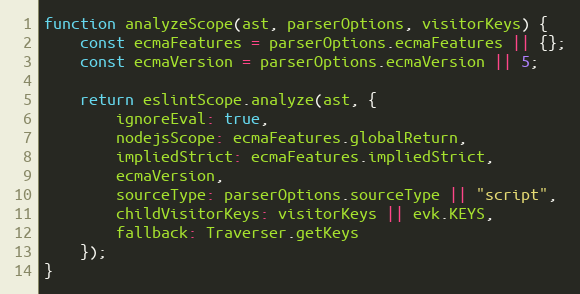
Language: JavaScript
function analyzeScope(ast, parserOptions, visitorKeys) {
    const ecmaFeatures = parserOptions.ecmaFeatures || {};
    const ecmaVersion = parserOptions.ecmaVersion || 5;

    return eslintScope.analyze(ast, {
        ignoreEval: true,
        nodejsScope: ecmaFeatures.globalReturn,
        impliedStrict: ecmaFeatures.impliedStrict,
        ecmaVersion,
        sourceType: parserOptions.sourceType || "script",
        childVisitorKeys: visitorKeys || evk.KEYS,
        fallback: Traverser.getKeys
    });
}